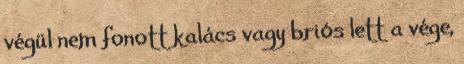
végül nem fonott kalács vagy briós lett a vége,